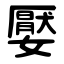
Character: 嬮